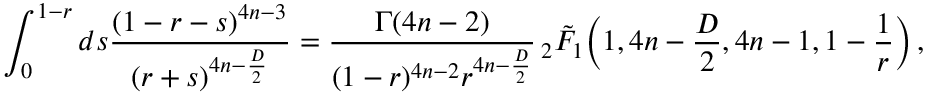
\int _ { 0 } ^ { 1 - r } d s \frac { ( 1 - r - s ) ^ { 4 n - 3 } } { ( r + s ) ^ { 4 n - \frac { D } { 2 } } } = \frac { \Gamma ( 4 n - 2 ) } { ( 1 - r ) ^ { 4 n - 2 } r ^ { 4 n - \frac { D } { 2 } } } \, _ { 2 } \tilde { F } _ { 1 } \bigg ( 1 , 4 n - \frac { D } { 2 } , 4 n - 1 , 1 - \frac { 1 } { r } \bigg ) \, ,